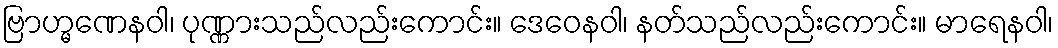
ဗြာဟ္မဏေနဝါ၊ ပုဏ္ဏားသည်လည်းကောင်း။ ဒေဝေနဝါ၊ နတ်သည်လည်းကောင်း။ မာရေနဝါ၊